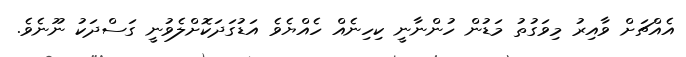
އެއްޗަށް ވާއިރު މިވަގުތު މަޑުން ހުންނާނީ ކިހިނެއް ހެއްޔެވެ އަޑުގަދަކޮށްލެވުނީ ގަސްދަކު ނޫނެވެ.